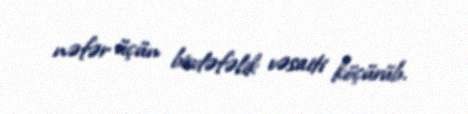
nəfər üçün birdəfəlik vəsaiti köçürüb.